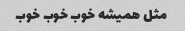
مثل همیشه خوب خوب خوب